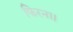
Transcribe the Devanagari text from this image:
फिरना।